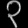
Digit: ၃